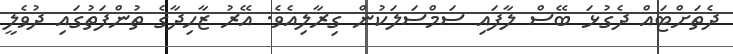
ދެތަށްޓައް ދެގުޅަ ބޭސް ލާފައި ސަމްސަލަކުން ގިރާލިއެވެ. އޭރު ޒާހިދާގެ ތުންފަތުގައި ދުވެލީ